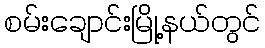
စမ်းချောင်းမြို့နယ်တွင်